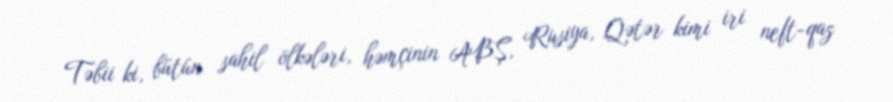
Təbii ki, bütün sahil ölkələri, həmçinin ABŞ, Rusiya, Qətər kimi iri neft-qaz